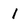
Character: I